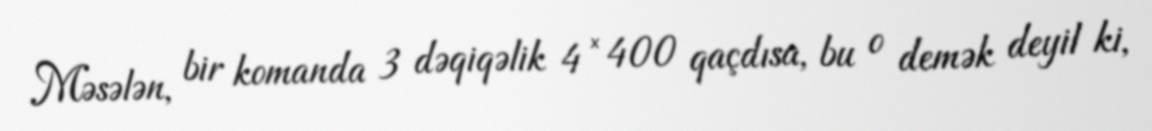
Məsələn, bir komanda 3 dəqiqəlik 4 × 400 qaçdısa, bu o demək deyil ki,